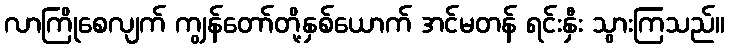
လာကြိုစေလျက် ကျွန်တော်တို့နှစ်ယောက် အင်မတန် ရင်းနှီး သွားကြသည်။